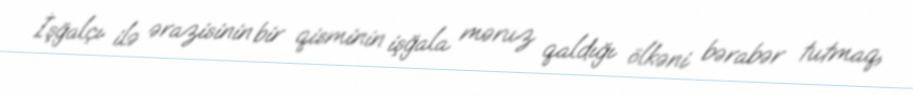
İşğalçı ilə ərazisinin bir qisminin işğala məruz qaldığı ölkəni bərabər tutmaq,